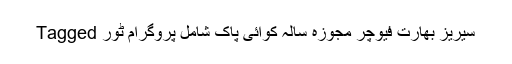
Tagged سیریز بھارت فیوچر مجوزہ سالہ کوآئی پاک شامل پروگرام ٹور